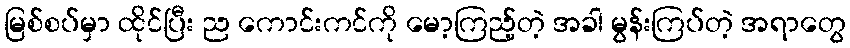
မြစ်စပ်မှာ ထိုင်ပြီး ည ကောင်းကင်ကို မော့ကြည့်တဲ့ အခါ မွန်းကြပ်တဲ့ အရာတွေ